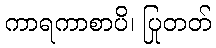
ကာရကာစာပိ၊ ပြုတတ်